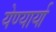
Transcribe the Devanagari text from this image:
येण्यार्या